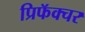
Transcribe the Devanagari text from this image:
प्रिफॅक्चर